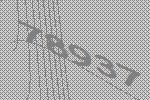
78937